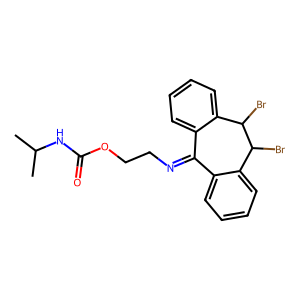
SMILES: CC(C)NC(=O)OCCN=C1c2ccccc2C(Br)C(Br)c2ccccc21
Inhibits HIV replication: No